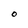
Character: O